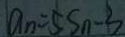
a _ { n } = 5 S _ { n } - 3